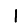
Digit: 1